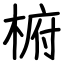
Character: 椨